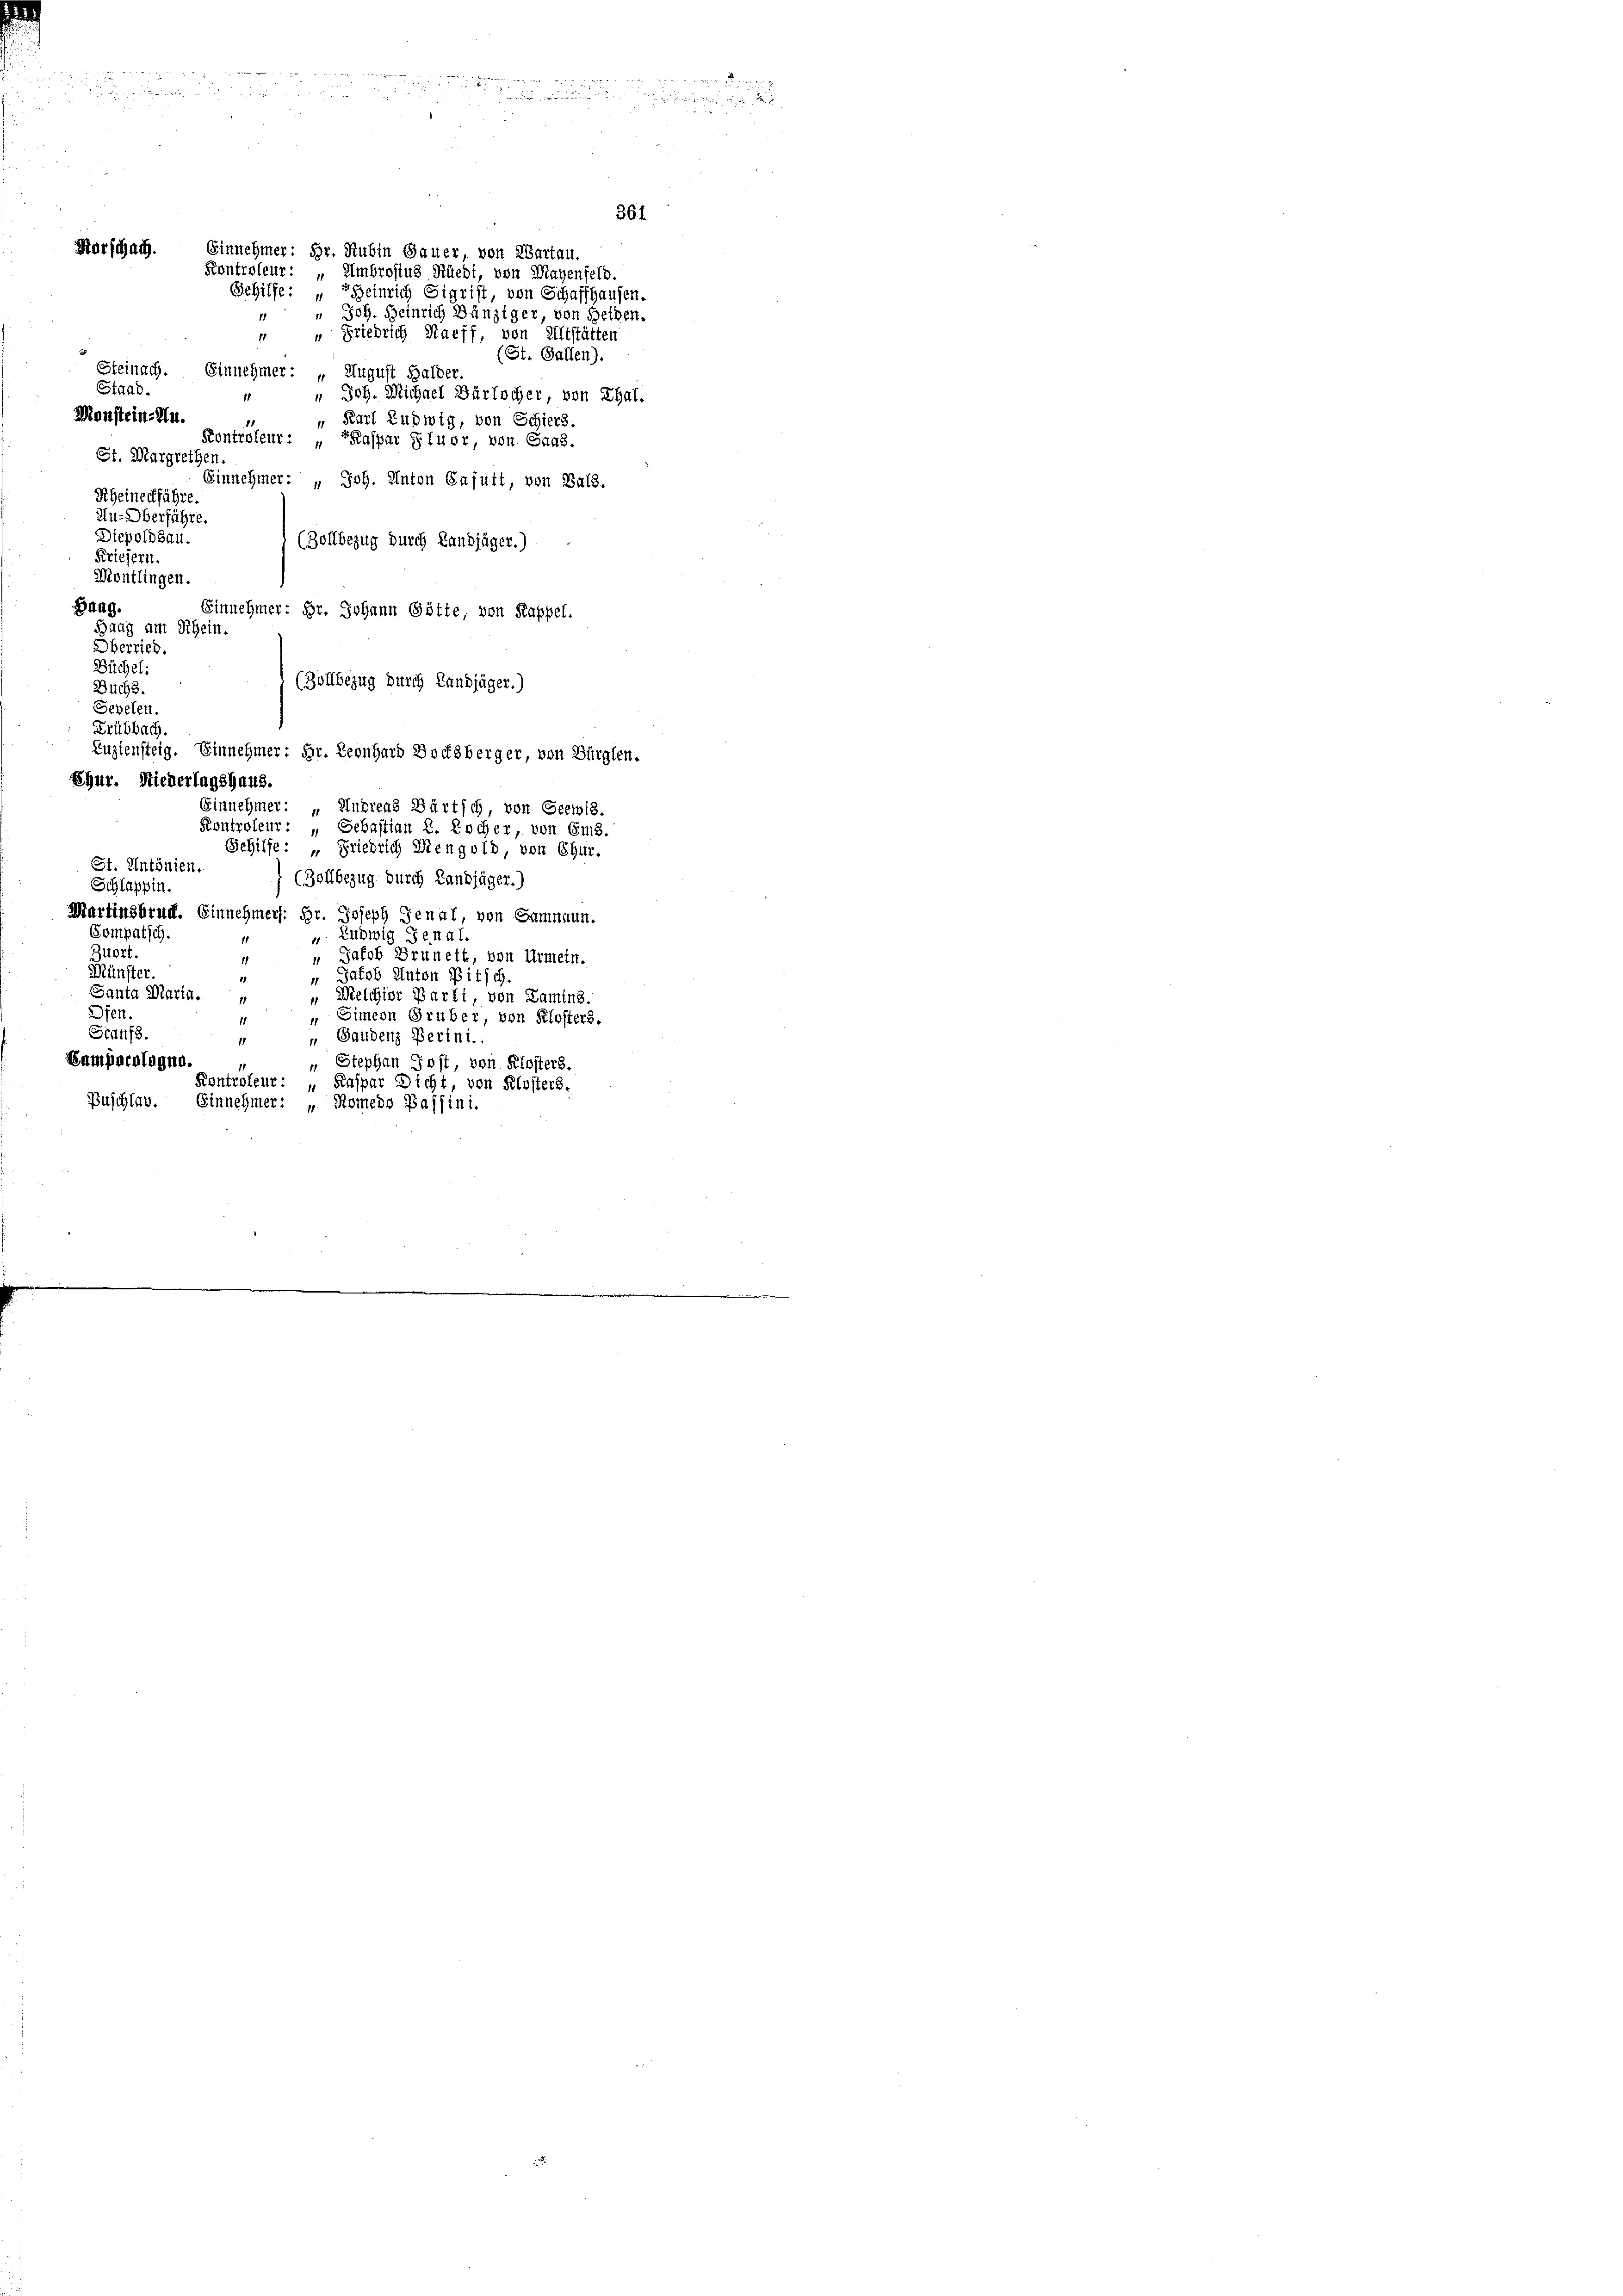
Marschach. Einnehmer: Hr. Rubin Gauer, von Wartau,

Kontroleur: „Umbrosius Rüedi, von Mayenfeld
Gehilfe: Heinrich Sigrist, von Schaffhausen.
 " Joh. Heinrich Dänziger, von Reihen.
“ Friedrich Naeff, von Altstätten
d
(St. Gallen).
Steinach. Einnehmer: „August Halder.
Staad.
Joh. Michael Bärlicher, von Thal.
11
1
Monstein-An
" Karl Ludwig, von Schiers.
1
Kontroleur. Kaspar Fluor, von Gaas.
St. Margrethen.
Einnehmer: " Joh. Anton Gafutt, von Bals.
Scheinechführe.
Au-Oberführe.
Diepoldsau.
(Zollbezug durch Landjäger.)
Kriefern.
Montlingen.
Baag.
Einnehmer; Hr. Johann Götte, von Kappel.
Bung am Rhein.
Oberried.
Büchel:
(Zollbezug durch Landjäger.)
Buchs.
Sevelen.
Drübbach.
Zuziensteig. Einnehmer: Hr. Leonhard Bochsberger, von Bürglen.
Shur. Niederlagshaus.
Einnehmer: „Andreas Bürtsch, von Geewis.
Kontroleur: „Gebastian R. Kocher, von Ems.
Behilfe: „Friedrich Diengold, von Chur.
St. Untönien.
(Zollbezug durch Landjäger.)
Schlappin
Martinsbruch. Einnehmers: Hr. Joseph Genal, von Samnaun.
Compatsch.
". Ludwig Jenal
Zuort.
 „ Jakob Brunett, von Urmein.
Münster.
 Jakob Anton Pitsch
Santa Maria.
 Melchior Barli, von Lamins.
Dfen.
„ Simeon Gruber, von Klosters.
Granfs.
 Gandenz Perini.
11
Sampocologna.
 Stephan Jost, von Klosters.
Kontroleur: „Kaspar Dicht, von Klosters.
Buschlav. Einnehmer: „Komedo Baffini-

361